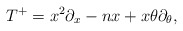
\begin{align*}T^+ = x^2 \partial_x - n x + x \theta \partial_{\theta},\end{align*}